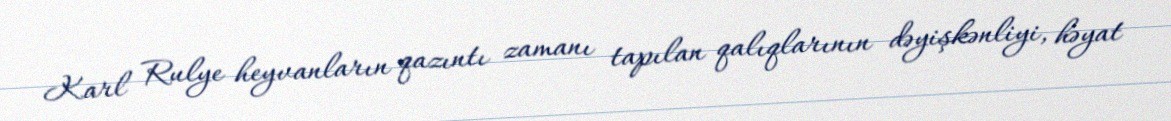
Karl Rulye heyvanların qazıntı zamanı tapılan qalıqlarının dəyişkənliyi, həyat